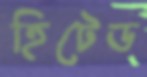
হিটেড